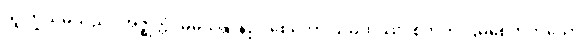
သူကြွယ်မသည်။ အဇ္ဈတ္တံ၊ မိမိသန္တာန်၌။ စေတော သမထဿ၊ စိတ်ကို ငြိမစေတတ်သော